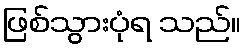
ဖြစ်သွားပုံရ သည်။